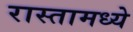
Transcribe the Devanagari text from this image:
रास्तामध्ये